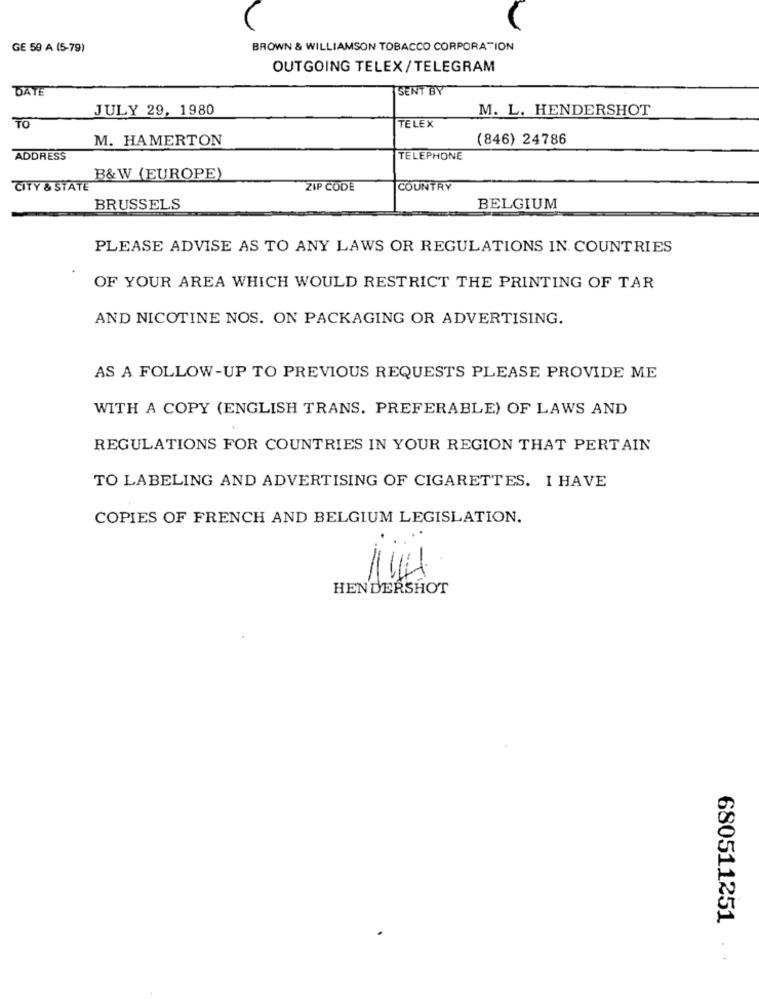
GE 59 A (5-79)
BROWN & WILLIAMSON TOBACCO CORPORATION
OUTGOING TELEX/TELEGRAM
DATE
SENT BY
JULY 29, 1980
M. L. HENDERSHOT
TO
TELEX
M. HAMERTON
(846) 24786
ADDRESS
TELEPHONE
B& W (EUROPE)
CITY & STATE
ZIP CODE
COUNTRY
BRUSSELS
BELGIUM
PLEASE ADVISE AS TO ANY LAWS OR REGULATIONS IN. COUNTRIES
OF YOUR AREA WHICH WOULD RESTRICT THE PRINTING OF TAR
AND NICOTINE NOS. ON PACKAGING OR ADVERTISING.
AS A FOLLOW-UP TO PREVIOUS REQUESTS PLEASE PROVIDE ME
WITH A COPY (ENGLISH TRANS. PREFERABLE) OF LAWS AND
REGULATIONS FOR COUNTRIES IN YOUR REGION THAT PERTAIN
TO LABELING AND ADVERTISING OF CIGARETTES. I HAVE
COPIES OF FRENCH AND BELGIUM LEGISLATION.
141
HENDERSHOT
680511251
..